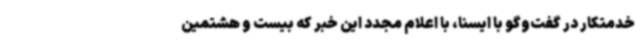
خدمتکار در گفت‌وگو با ایسنا، با اعلام مجدد این خبر که بیست و هشتمین